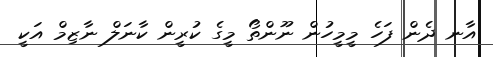
އާނ ދެން ފަހެ މީމީހުން ނޫންތޯ މީގެ ކުރީން ކާނަލް ނާޒިމް އަކީ